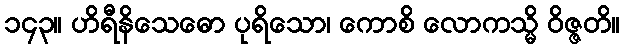
၁၄၃။ ဟိရီနိသေဓော ပုရိသော၊ ကောစိ လောကသ္မိ ဝိဇ္ဇတိ။